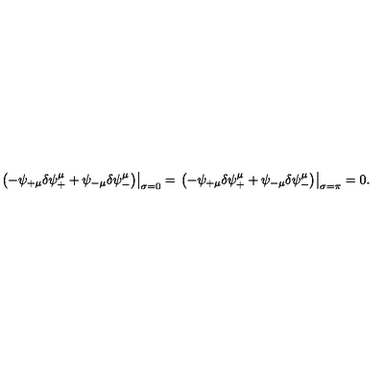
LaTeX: \left. \left( - \psi _ { + \mu } \delta \psi _ { + } ^ { \mu } + \psi _ { - \mu } \delta \psi _ { - } ^ { \mu } \right) \right| _ { \sigma = 0 } = \left. \left( - \psi _ { + \mu } \delta \psi _ { + } ^ { \mu } + \psi _ { - \mu } \delta \psi _ { - } ^ { \mu } \right) \right| _ { \sigma = \pi } = 0 .